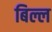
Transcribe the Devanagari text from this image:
बिल्ल